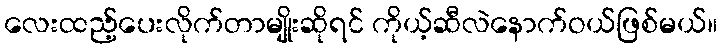
လေးထည့်ပေးလိုက်တာမျိုးဆိုရင် ကိုယ့်ဆီလဲနောက်ဝယ်ဖြစ်မယ်။